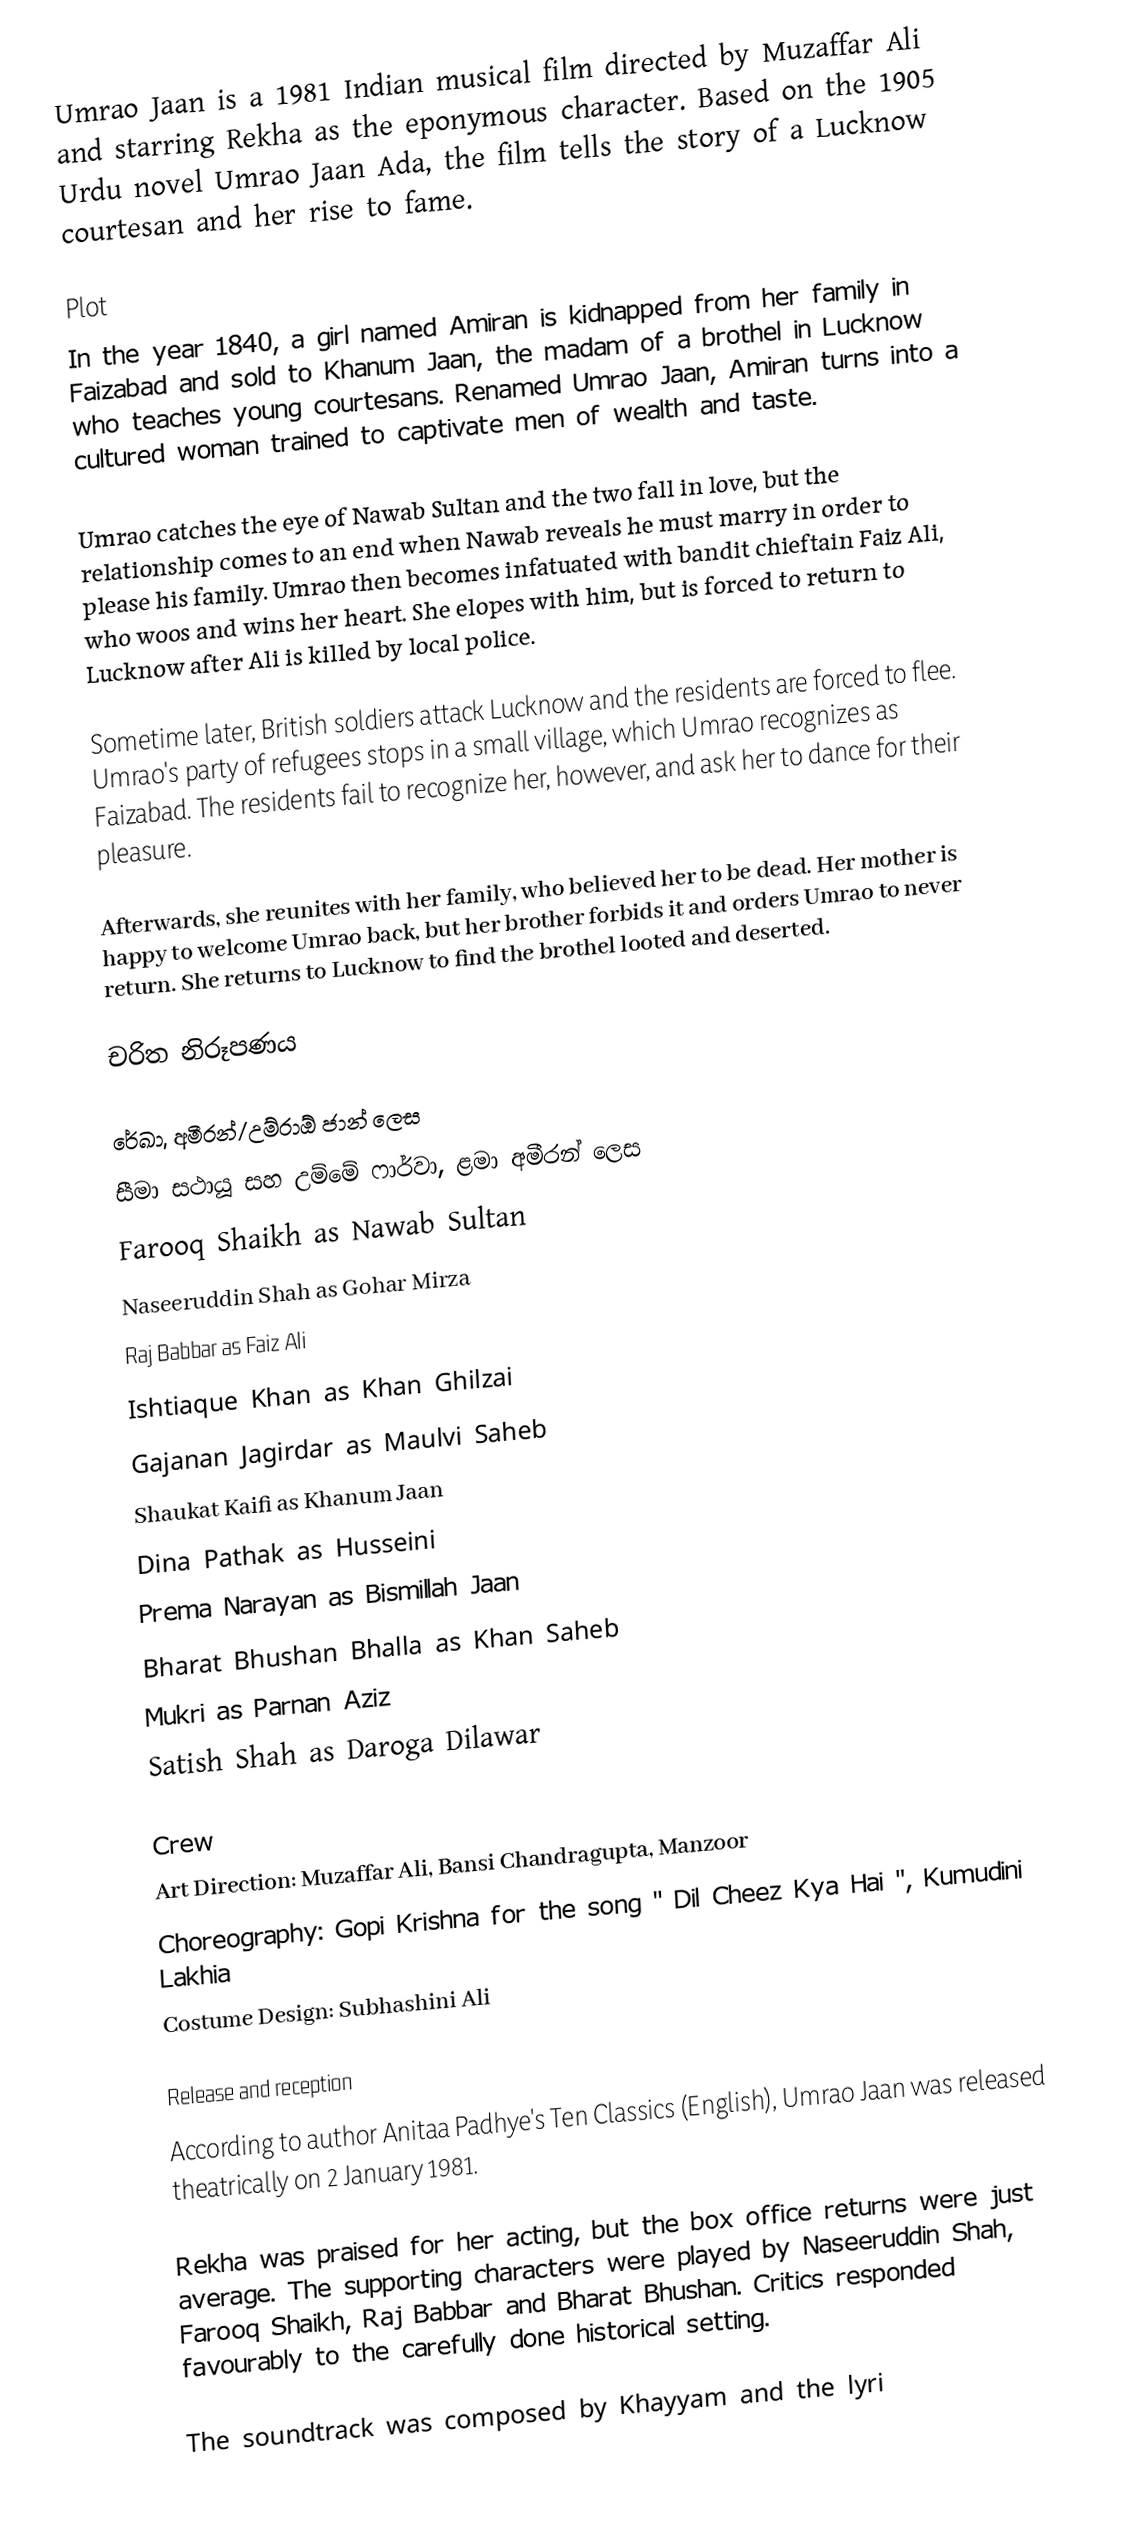
Umrao Jaan is a 1981 Indian musical film directed by Muzaffar Ali and starring Rekha as the eponymous character. Based on the 1905 Urdu novel Umrao Jaan Ada, the film tells the story of a Lucknow courtesan and her rise to fame.

Plot
In the year 1840, a girl named Amiran is kidnapped from her family in Faizabad and sold to Khanum Jaan, the madam of a brothel in Lucknow who teaches young courtesans. Renamed Umrao Jaan, Amiran turns into a cultured woman trained to captivate men of wealth and taste.

Umrao catches the eye of Nawab Sultan and the two fall in love, but the relationship comes to an end when Nawab reveals he must marry in order to please his family. Umrao then becomes infatuated with bandit chieftain Faiz Ali, who woos and wins her heart. She elopes with him, but is forced to return to Lucknow after Ali is killed by local police.

Sometime later, British soldiers attack Lucknow and the residents are forced to flee. Umrao's party of refugees stops in a small village, which Umrao recognizes as Faizabad. The residents fail to recognize her, however, and ask her to dance for their pleasure.

Afterwards, she reunites with her family, who believed her to be dead. Her mother is happy to welcome Umrao back, but her brother forbids it and orders Umrao to never return. She returns to Lucknow to find the brothel looted and deserted.

චරිත නිරූපණය

 රේඛා, අමීරන්/උම්රාඕ ජාන් ලෙස
 සීමා සථායූ සහ උම්මේ ෆාර්වා, ළමා අමීරන් ලෙස
 Farooq Shaikh as Nawab Sultan
 Naseeruddin Shah as Gohar Mirza
 Raj Babbar as Faiz Ali
 Ishtiaque Khan as Khan Ghilzai
 Gajanan Jagirdar as Maulvi Saheb
 Shaukat Kaifi as Khanum Jaan
 Dina Pathak as Husseini
 Prema Narayan as Bismillah Jaan
 Bharat Bhushan Bhalla as Khan Saheb
 Mukri as Parnan Aziz
 Satish Shah as Daroga Dilawar

Crew
 Art Direction: Muzaffar Ali, Bansi Chandragupta, Manzoor
 Choreography: Gopi Krishna for the song " Dil Cheez Kya Hai ", Kumudini Lakhia
 Costume Design: Subhashini Ali

Release and reception
According to author Anitaa Padhye's Ten Classics (English), Umrao Jaan was released theatrically on 2 January 1981.

Rekha was praised for her acting, but the box office returns were just average. The supporting characters were played by Naseeruddin Shah, Farooq Shaikh, Raj Babbar and Bharat Bhushan. Critics responded favourably to the carefully done historical setting.

The soundtrack was composed by Khayyam and the lyri